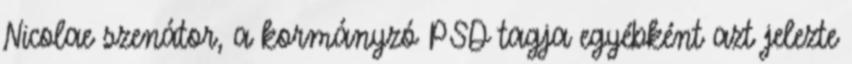
Nicolae szenátor, a kormányzó PSD tagja egyébként azt jelezte